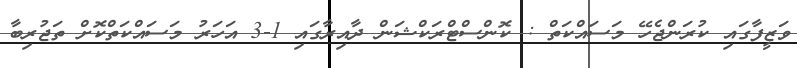
ވަޒީފާގައި ކުރަންޖެހޭ މަސައްކަތް : ކޮންސްޓްރަކްޝަން ދާއިރާގައި 1-3 އަހަރު މަސައްކަތްކޮށް ތަޖުރިބާ